Philaematomyia insignis, Austen - Number 54
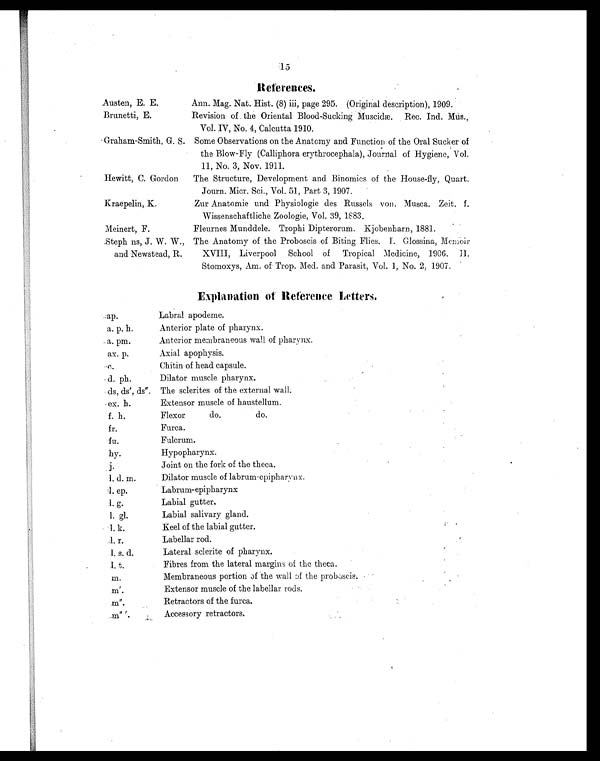
15
References.
Austen, E. E.
Ann. Mag. Nat. Hist. (8) iii, page 295. (Original description), 1909.
Brunetti, E.
Revision of the Oriental Blood-Sucking Muscidæ. Rec. Ind. Mus.,
Vol. IV, No. 4, Calcutta 1910.
Graham-Smith, G. S. Some Observations on the Anatomy and Function of the Oral Sucker of
the Blow-Fly (Calliphora erythrocephala), Journal of Hygiene, Vol.
11, No. 3, Nov. 1911.
Hewitt, C. Gordon
The Structure, Development and Binomics of the House-fly, Quart.
Journ. Mier. Sci., Vol. 51, Part 3, 1907.
Kraepelin, K.
Zur Anatomie and Physiologie des Russels von. Musca. Zeit. f.
Wissenschaftliche Zoologie, Vol. 39, 1883.
Meinert, F.
Fleurnes Munddele. Trophi Dipterorum. Kjobenharn, 1881.
Steph ns, J. W. W.,
and Newstead, R.
The Anatomy of the Proboscis of Biting Flies. I. Glossina, Memoir
XVIII, Liverpool School of Tropical Medicine, 1906. H.
Stomoxys, Am. of Trop. Med. and Parasit, Vol. 1, No. 2, 1907.
Explanation of Reference Letters.
ap.
Labral apodeme.
a. p. h.
Anterior plate of pharynx.
a. pm.
Anterior membraneous wall of pharynx.
ax. p.
Axial apophysis.
c.
Chitin of head capsule.
d. ph.
Dilator muscle pharynx.
ds, ds', ds". The sclerites of the external wail.
ex. h.
Extensor muscle of haustellum.
f. h.
Flexor do. do.
fr.
Furca.
fu.
Fulcrum.
hy.
Hypopharynx.
j .
Joint on the fork of the theca.
l . d. m.
Dilator muscle of labrum-epipharynx.
l . e p .
Labrum-epipharynx
l . g .
Labial gutter.
l . g l .
Labial salivary gland.
l. k.
Keel of the labial gutter.
l . r .
Labellar rod.
l . s . d .
Lateral sclerite of pharynx.
l . t .
Fibres from the lateral margins of the theca.
m .
Membraneous portion of the wall of the proboscis
m'.
Extensor muscle of the labellar rods.
m".
Retractors of the furca.
m " '
Accessory retractors.